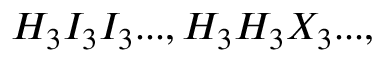
H _ { 3 } I _ { 3 } I _ { 3 } . . . , H _ { 3 } H _ { 3 } X _ { 3 } . . . ,